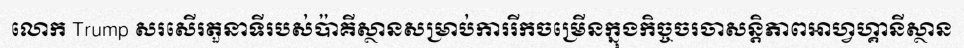
លោក Trump សរសើរតួនាទីរបស់ប៉ាគីស្ថានសម្រាប់ការរីកចម្រើនក្នុងកិច្ចចរចាសន្តិភាពអាហ្វហ្គានីស្ថាន